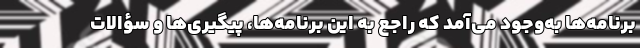
برنامه‌ها به‌وجود می‌آمد که راجع به این برنامه‌ها، پیگیری‌ها و سؤالات